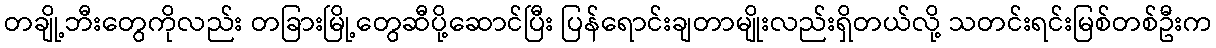
တချို့ဘီးတွေကိုလည်း တခြားမြို့တွေဆီပို့ဆောင်ပြီး ပြန်ရောင်းချတာမျိုးလည်းရှိတယ်လို့ သတင်းရင်းမြစ်တစ်ဦးက